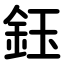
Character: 鈺